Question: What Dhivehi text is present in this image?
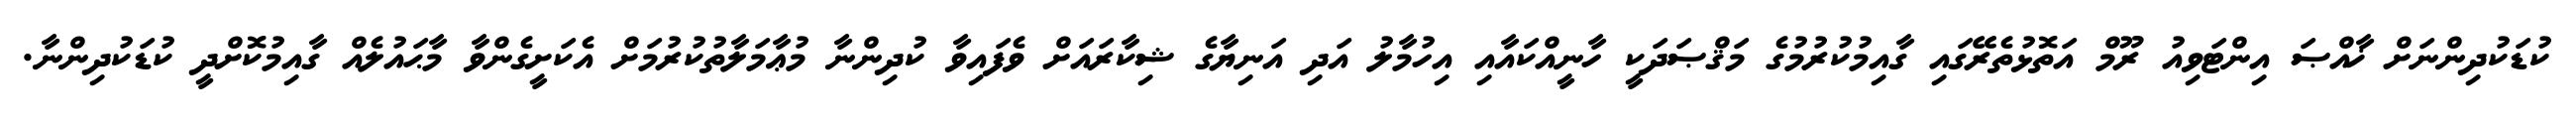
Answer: ކުޑަކުދިންނަށް ޚާއްޞަ އިންޓަވިއު ރޫމް އަތޮޅުތެރޭގައި ގާއިމުކުރުމުގެ މަޤްޞަދަކީ ހާނީއްކައާއި އިހުމާލު އަދި އަނިޔާގެ ޝިކާރައަށް ވެފައިވާ ކުދިންނާ މުޢާމަލާތުކުރުމަށް އެކަށީގެންވާ މާޙައުލެއް ގާއިމުކޮށްދީ ކުޑަކުދިންނާ.